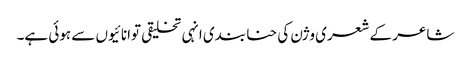
شاعر کے شعری وژن کی حنا بندی انہی تخلیقی توانائیوں سے ہوئی ہے۔